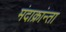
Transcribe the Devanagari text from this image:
मंदाक्रांन्ता